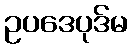
ဥပဒေပုဒ်မ